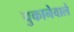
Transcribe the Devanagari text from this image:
चुकानेवाले